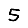
Digit: 5